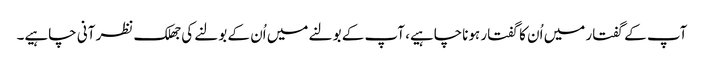
آپ کے گفتار میں اُن کا گفتار ہوناچاہیے، آپ کے بولنے میں اُن کے بولنے کی جھلک نظر آنی چاہیے۔